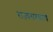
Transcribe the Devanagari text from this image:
राज्यसरकाचे